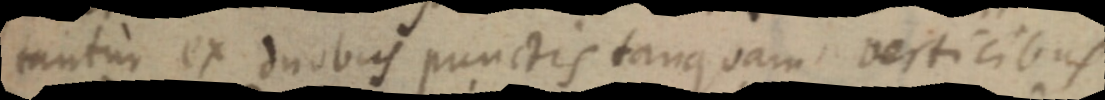
tantur ex duobus punctis tanquam verticibus